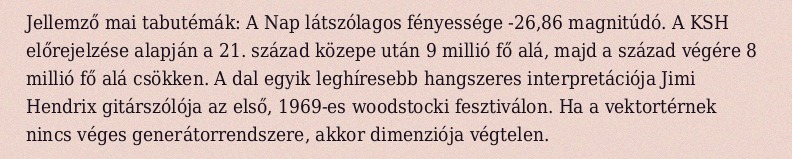
Jellemző mai tabutémák: A Nap látszólagos fényessége -26,86 magnitúdó. A KSH előrejelzése alapján a 21. század közepe után 9 millió fő alá, majd a század végére 8 millió fő alá csökken. A dal egyik leghíresebb hangszeres interpretációja Jimi Hendrix gitárszólója az első, 1969-es woodstocki fesztiválon. Ha a vektortérnek nincs véges generátorrendszere, akkor dimenziója végtelen.